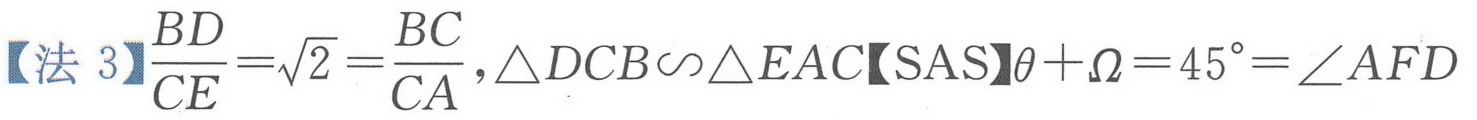
【法 3】\(\dfrac{BD}{CE}=\sqrt{2}=\dfrac{BC}{CA},\triangle DCB\sim\triangle EAC【SAS】\theta+\Omega = 45^{\circ}=\angle AFD\)